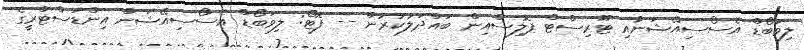
ލިވަބޯޑް އެސޯސިއޭޝަނާއި ޓޫރިސްޓް ޕޮލިސްއިން ބައްދަލުކުރުން -- ފޮޓޯ: ލިވަބޯޑް އެސޯސިއޭޝަން އިންޑަސްޓްރީގެ